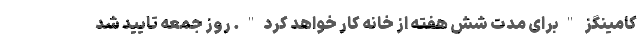
کامینگز "برای مدت شش هفته از خانه کار خواهد کرد". روز جمعه تایید شد